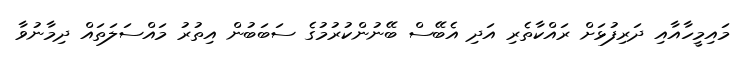
މައިމީހާއާއި ދަރިފުޅަށް ރައްކާތެރި އަދި އެބޭސް ބޭނުންކުރުމުގެ ސަބަބުން އިތުރު މައްސަލަތައް ދިމާނުވާ